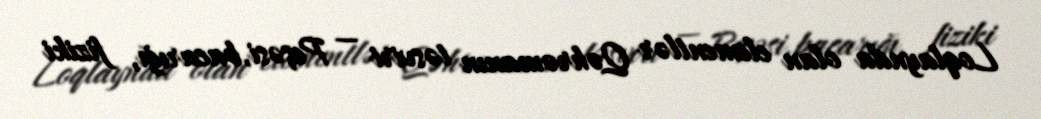
Loqlaynda olan elementlər Qəhrəmanın təsviri — Peşəsi, bacarığı, fiziki